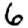
Digit: 6